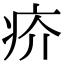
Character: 疥